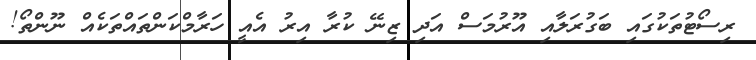
ރިސޯޓުތަކުގައި ބަގުރަލާއި އޫރުމަސް އަދި ޒިނޭ ކުރާ އިރު އެއީ ހަރާމްކަންތައްތަކެއް ނޫންތޯ!